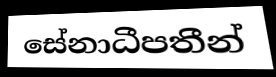
සේනාධීපතීන්